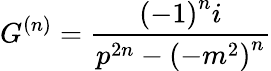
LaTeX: G^{\left(n\right)}=\frac{{\left(-1\right)}^{n}i}{p^{2n}-{\left(-m^{2}\right)}^{n}}